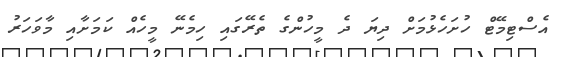
އެސްޓިމޭޓް ހުށަހެޅުމަށް ދިޔަ ދެ މީހުންގެ ތެރޭގައި ހިމެނޭ މީހެއް ކަމަށާއި މާވަހަރު